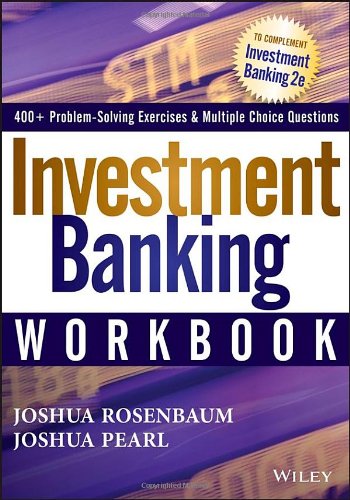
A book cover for Investment Banking Workbook; Joshua Rosenbaum; Business & Money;